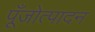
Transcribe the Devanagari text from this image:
पूँजोत्पादन